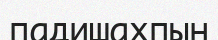
падишахпын